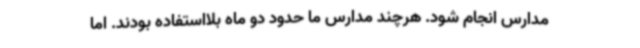
مدارس انجام شود. هرچند مدارس ما حدود دو ماه بلااستفاده بودند. اما